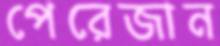
পেরেজান